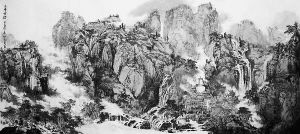
民感桑林雨，云施李靖龙。